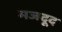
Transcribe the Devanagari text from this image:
मजदूद